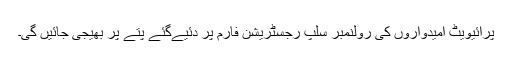
پرائیویٹ امیدواروں کی رولنمبر سلپ رجسٹریشن فارم پر دئیےگئے پتے پر بھیجی جائیں گی۔